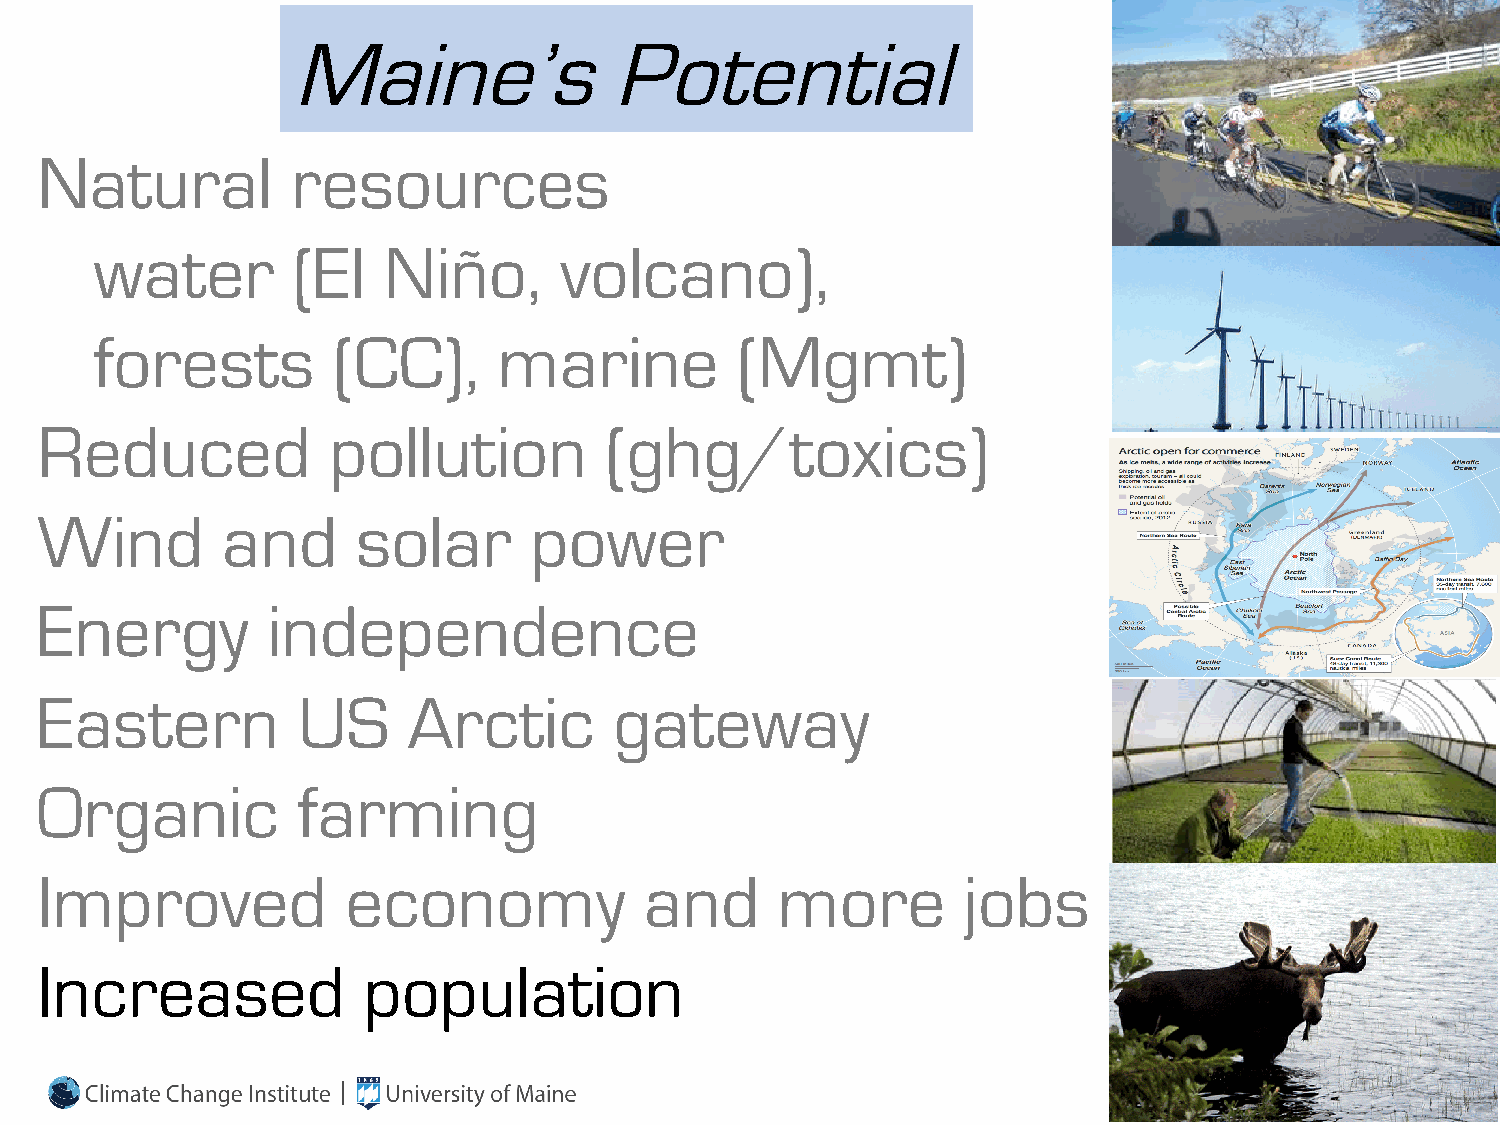
Maine’s              Potential
 Natural          resources
 water        (El   Niño,       volcano),
 forests         (CC),      marine          (Mgmt)
 Reduced             pollution         (ghg/toxics)
 Wind         and      solar      power
 Energy          independence
 Eastern           US     Arctic        gateway
 Organic           farming
 Improved             economy             and     more         jobs
 Increased             population